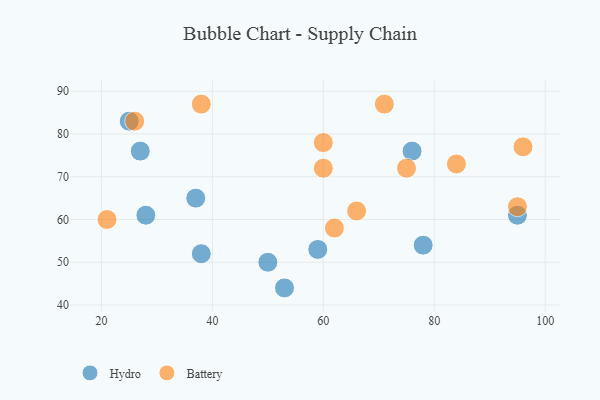
{"axis": {"x": "GDP", "y": "Life Expectancy"}, "legend": ["Battery", "Hydro"], "data": [{"x": "25", "y": 83, "type": "Hydro"}, {"x": "95", "y": 61, "type": "Hydro"}, {"x": "53", "y": 44, "type": "Hydro"}, {"x": "78", "y": 54, "type": "Hydro"}, {"x": "38", "y": 52, "type": "Hydro"}, {"x": "59", "y": 53, "type": "Hydro"}, {"x": "76", "y": 76, "type": "Hydro"}, {"x": "28", "y": 61, "type": "Hydro"}, {"x": "27", "y": 76, "type": "Hydro"}, {"x": "37", "y": 65, "type": "Hydro"}, {"x": "50", "y": 50, "type": "Hydro"}, {"x": "26", "y": 83, "type": "Battery"}, {"x": "95", "y": 63, "type": "Battery"}, {"x": "75", "y": 72, "type": "Battery"}, {"x": "60", "y": 72, "type": "Battery"}, {"x": "66", "y": 62, "type": "Battery"}, {"x": "62", "y": 58, "type": "Battery"}, {"x": "84", "y": 73, "type": "Battery"}, {"x": "38", "y": 87, "type": "Battery"}, {"x": "96", "y": 77, "type": "Battery"}, {"x": "21", "y": 60, "type": "Battery"}, {"x": "60", "y": 78, "type": "Battery"}, {"x": "71", "y": 87, "type": "Battery"}]}